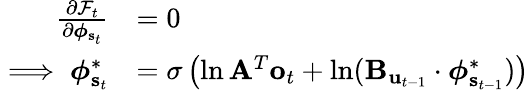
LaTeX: \begin{array}{rl}{\frac{\partial\mathcal{F}_{t}}{\partial\boldsymbol{\phi}_{\mathbf{s}_{t}}}}&{=0}\\ {\implies\boldsymbol{\phi}_{\mathbf{s}_{t}}^{*}}&{=\sigma\left(\ln\mathbf{A}^{T}\mathbf{o}_{t}+\ln(\mathbf{B}_{\mathbf{u}_{t-1}}\cdot\boldsymbol{\phi}_{\mathbf{s}_{t-1}}^{*})\right)}\end{array}